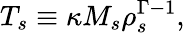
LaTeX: T_{s}\equiv\kappa M_{s}\rho_{s}^{\Gamma-1},